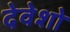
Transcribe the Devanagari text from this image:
देवेशो